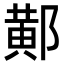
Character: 𨝴